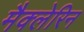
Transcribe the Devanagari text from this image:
मैक्लेरिन